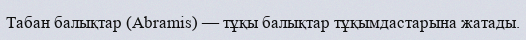
Табан балықтар (Abramis) — тұқы балықтар тұқымдастарына жатады.